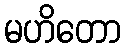
မဟိတော